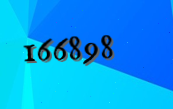
166898